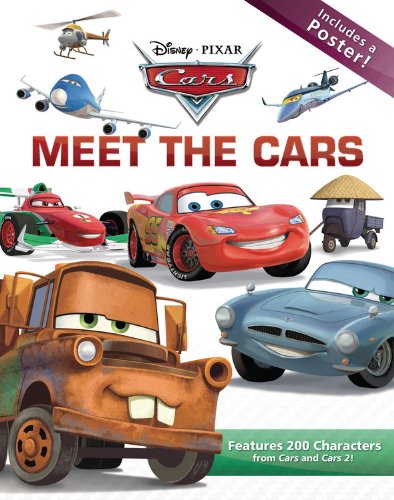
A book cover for Meet the Cars (Disney Pixar Cars); Disney Book Group; Children's Books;